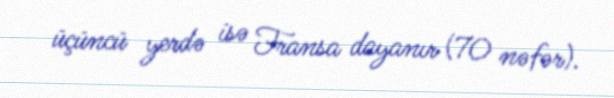
üçüncü yerdə isə Fransa dayanır (70 nəfər).